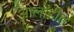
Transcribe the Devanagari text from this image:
ओलांडीत